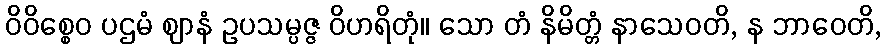
ဝိဝိစ္စေဝ ပဌမံ ဈာနံ ဥပသမ္ပဇ္ဇ ဝိဟရိတုံ။ သော တံ နိမိတ္တံ နာသေဝတိ, န ဘာဝေတိ,